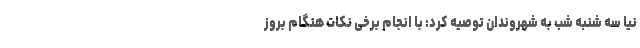
نیا سه شنبه شب به شهروندان توصیه کرد: با انجام برخی نکات هنگام بروز